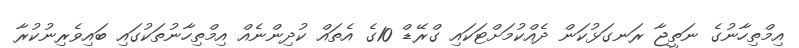
އިމްތިހާނުގެ ނަތީޖާ ރަނގަޅުކަން ދެއްކުމަށްޓަކައި ގްރޭޑް 10ގެ އެތައް ކުދިންނެއް އިމްތިހާނުތަކުގައި ބައިވެރިނުކުރާ